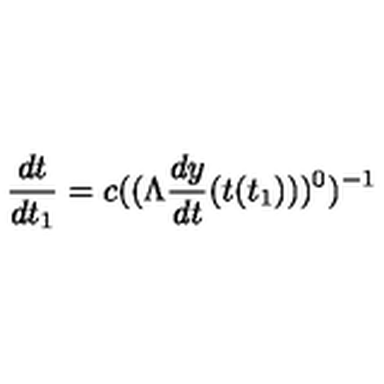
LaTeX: \frac { d t } { d t _ { 1 } } = c ( ( \Lambda \frac { d y } { d t } ( t ( t _ { 1 } ) ) ) ^ { 0 } ) ^ { - 1 }